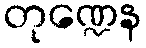
တုဏ္ဍေန